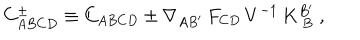
LaTeX: C _ { A B C D } ^ { \pm } \equiv C _ { A B C D } \pm \nabla _ { A B ^ { \prime } } \, F _ { C D } \, V ^ { - 1 } \, K _ { \ B } ^ { B ^ { \prime } } \ ,